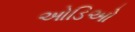
ઓડિઓ